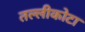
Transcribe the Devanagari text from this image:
तल्लीकोटा